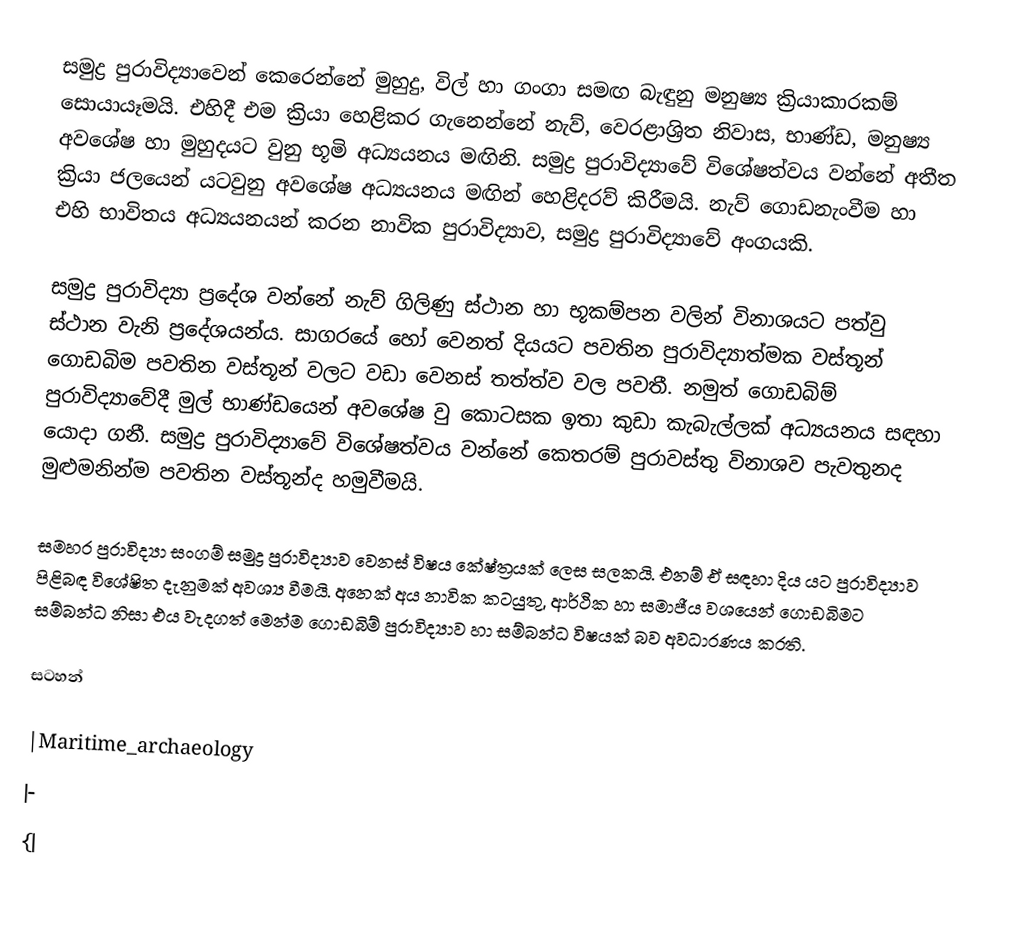
සමුද්‍ර පුරාවිද්‍යාවෙන් කෙරෙන්නේ මුහුදු, විල් හා ගංගා සමඟ බැඳුනු මනුෂ්‍ය ක්‍රියාකාරකම් සොයායෑමයි. එහිදී එම ක්‍රියා හෙළිකර ගැනෙන්නේ නැව්, වෙරළාශ්‍රිත නිවාස, භාණ්ඩ, මනුෂ්‍ය අවශේෂ හා මුහුදයට වුනු භූමි අධ්‍යයනය මඟිනි.  සමුද්‍ර පුරාවිද්‍යාවේ විශේෂත්වය වන්නේ අතීත ක්‍රියා ජලයෙන් යටවුනු අවශේෂ අධ්‍යයනය මඟින් හෙළිදරව් කිරීමයි. නැව් ගොඩනැංවීම හා එහි භාවිතය අධ්‍යයනයන් කරන නාවික පුරාවිද්‍යාව, සමුද්‍ර පුරාවිද්‍යාවේ අංගයකි.

සමුද්‍ර පුරාවිද්‍යා ප්‍රදේශ වන්නේ නැව් ගිලිණු ස්ථාන හා භූකම්පන වලින් විනාශයට පත්වු ස්ථාන වැනි ප්‍රදේශයන්ය. සාගරයේ හෝ වෙනත් දියයට පවතින පුරාවිද්‍යාත්මක වස්තූන් ගොඩබිම පවතින වස්තූන් වලට වඩා වෙනස් තත්ත්ව වල පවතී. නමුත් ගොඩබිම් පුරාවිද්‍යාවේදී මුල් භාණ්ඩයෙන් අවශේෂ වු කොටසක ඉතා කුඩා කැබැල්ලක් අධ්‍යයනය සඳහා යොදා ගනී. සමුද්‍ර පුරාවිද්‍යාවේ විශේෂත්වය වන්නේ කෙතරම් පුරාවස්තු විනාශව පැවතුනද මුළුමනින්ම පවතින වස්තූන්ද හමුවීමයි.

සමහර පුරාවිද්‍යා සංගම් සමුද්‍ර පුරාවිද්‍යාව වෙනස් විෂය කේෂ්‍ත්‍රයක් ලෙස සලකයි. එනම් ඒ සඳහා දිය යට පුරාවිද්‍යාව පිළිබඳ විශේෂිත දැනුමක් අවශ්‍ය වීමයි. අනෙක් අය නාවික කටයුතු, ආර්ථික හා සමාජීය වශයෙන් ගොඩබිමට සම්බන්ධ නිසා එය වැදගත් මෙන්ම ගොඩබිම් පුරාවිද්‍යාව හා සම්බන්ධ විෂයක් බව අවධාරණය කරති.

සටහන්

|Maritime_archaeology
|-
{|